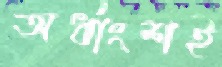
অর্ধাংশই